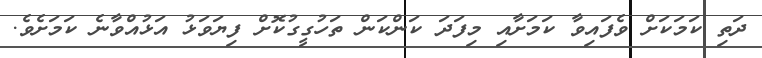
ދަތި ކަމަކަށް ވެފައިވާ ކަމަށާއި މިފަދަ ކަންކަން ތަހުގީގުކޮށް ފިޔަވަޅު އަޅުއްވާނެ ކަމަށެވެ.